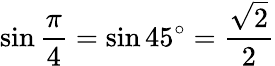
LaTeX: \sin{\frac{\pi}{4}}=\sin 45^{\circ}={\frac{\sqrt{2}}{2}}